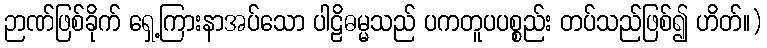
ဉာဏ်ဖြစ်ခိုက် ရှေ့ကြားနာအပ်သော ပါဠိဓမ္မသည် ပကတူပပစ္စည်း တပ်သည်ဖြစ်၍ ဟိတ်။)